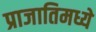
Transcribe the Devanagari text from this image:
प्राजातिमध्ये